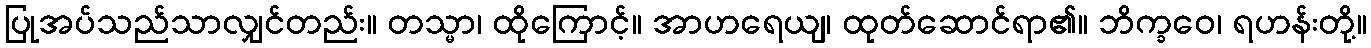
ပြုအပ်သည်သာလျှင်တည်း။ တသ္မာ၊ ထိုကြောင့်။ အာဟရေယျ၊ ထုတ်ဆောင်ရာ၏။ ဘိက္ခဝေ၊ ရဟန်းတို့။